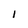
Character: I